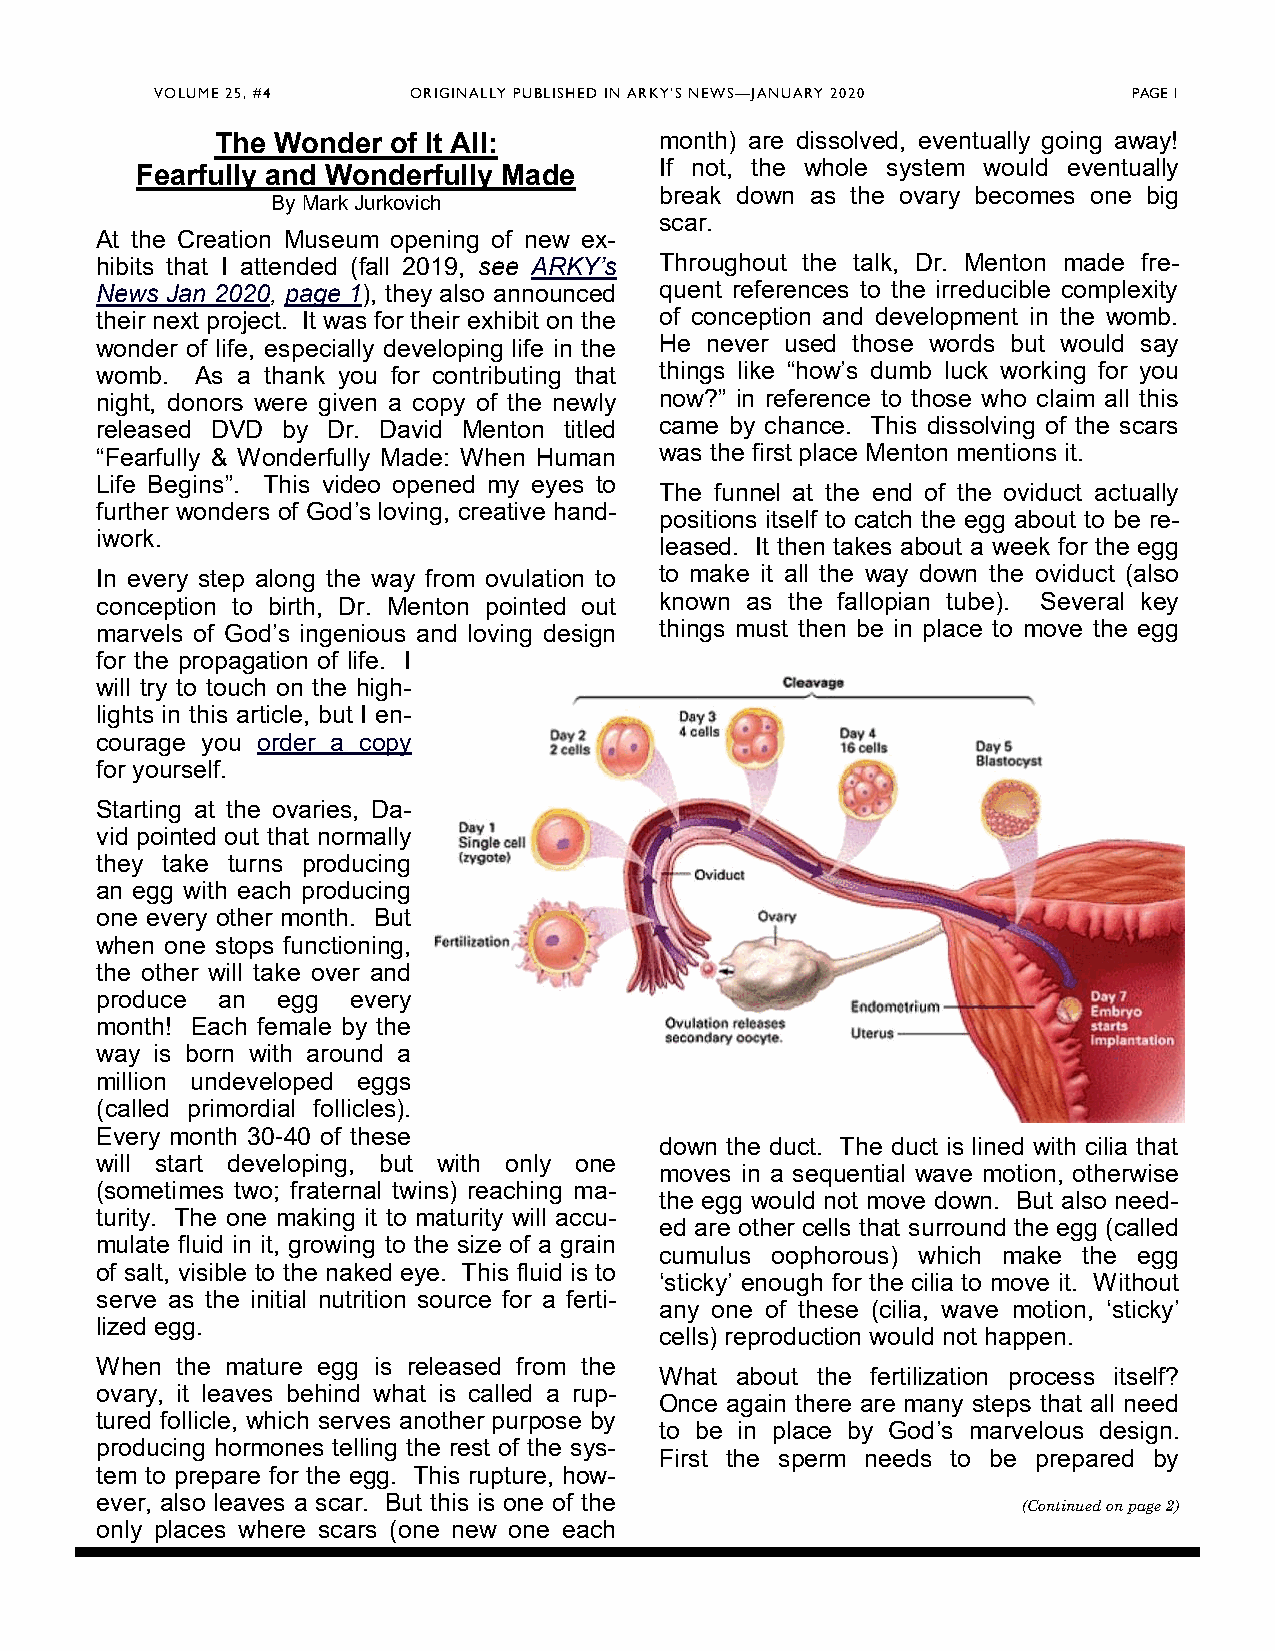
VOLUME 25, #4    ORIGINALLY PUBLISHED IN ARKY’S NEWS—JANUARY 2020 PAGE 1
 The Wonder  of It All:        month) are dissolved, eventually going away!
 Fearfully and Wonderfully Made     If not, the whole system would eventually
 break down as the ovary becomes one big
 By Mark Jurkovich
 scar.
 At the Creation Museum opening of new ex-
 hibits that I attended (fall 2019, see ARKY’s Throughout the talk, Dr. Menton made fre-
 News Jan 2020, page 1), they also announced quent references to the irreducible complexity
 their next project. It was for their exhibit on the of conception and development in the womb.
 wonder of life, especially developing life in the He never used those words but would say
 womb.  As a thank you for contributing that things like “how’s dumb luck working for you
 night, donors were given a copy of the newly now?” in reference to those who claim all this
 released DVD by Dr. David Menton titled came by chance. This dissolving of the scars
 “Fearfully & Wonderfully Made: When Human was the first place Menton mentions it.
 Life Begins”. This video opened my eyes to
 The funnel at the end of the oviduct actually
 further wonders of God’s loving, creative hand-
 positions itself to catch the egg about to be re-
 iwork.
 leased. It then takes about a week for the egg
 In every step along the way from ovulation to to make it all the way down the oviduct (also
 conception to birth, Dr. Menton pointed out known as the fallopian tube). Several key
 marvels of God’s ingenious and loving design things must then be in place to move the egg
 for the propagation of life. I
 will try to touch on the high-
 lights in this article, but I en-
 courage you order a copy
 for yourself.
 Starting at the ovaries, Da-
 vid pointed out that normally
 they take turns producing
 an egg with each producing
 one every other month. But
 when one stops functioning,
 the other will take over and
 produce an  egg  every
 month! Each female by the
 way is born with around a
 million undeveloped eggs
 (called primordial follicles).
 Every month 30-40 of these
 down the duct. The duct is lined with cilia that
 will start developing, but with only one
 moves in a sequential wave motion, otherwise
 (sometimes two; fraternal twins) reaching ma-
 the egg would not move down. But also need-
 turity. The one making it to maturity will accu-
 ed are other cells that surround the egg (called
 mulate fluid in it, growing to the size of a grain
 cumulus oophorous) which make the egg
 of salt, visible to the naked eye. This fluid is to
 ‘sticky’ enough for the cilia to move it. Without
 serve as the initial nutrition source for a ferti-
 any one of these (cilia, wave motion, ‘sticky’
 lized egg.
 cells) reproduction would not happen.
 When  the mature egg is released from the
 What about the fertilization process itself?
 ovary, it leaves behind what is called a rup-
 Once again there are many steps that all need
 tured follicle, which serves another purpose by
 to be in place by God’s marvelous design.
 producing hormones telling the rest of the sys-
 First the sperm needs to be prepared by
 tem to prepare for the egg. This rupture, how-
 ever, also leaves a scar. But this is one of the
 (Continued on page 2)
 only places where scars (one new one each